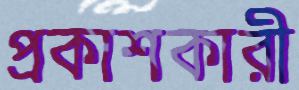
প্রকাশকারী